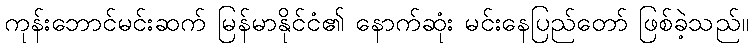
ကုန်းဘောင်မင်းဆက် မြန်မာနိုင်ငံ၏ နောက်ဆုံး မင်းနေပြည်တော် ဖြစ်ခဲ့သည်။